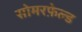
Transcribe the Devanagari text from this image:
सोमरफ़ेल्ड